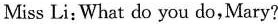
Miss Li;What do you do,Mary?